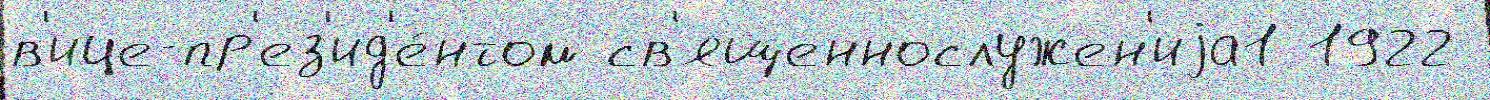
в'ице-пр'ез'ид'е́нтом св'ященнослужен'иjа1 1922